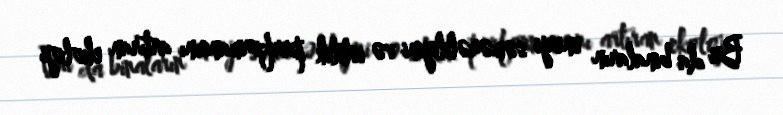
Bu da binaların enerji səmərəliliyini və istilik performansını artıran ekoloji